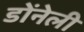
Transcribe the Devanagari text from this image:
डोंनेली